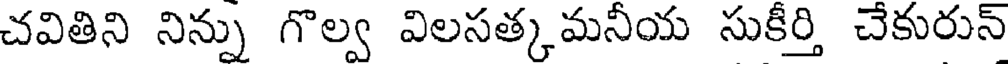
చవితిని నిన్ను గొల్వ విలసత్కమనీయ సుకీర్తి చేకురున్